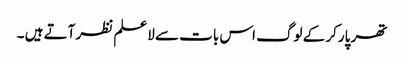
تھر پارکر کے لوگ اس بات سے لاعلم نظر آتے ہیں ۔